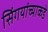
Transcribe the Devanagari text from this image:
सिंगयांच्याकडे